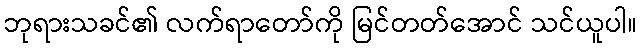
ဘုရားသခင်၏ လက်ရာတော်ကို မြင်တတ်အောင် သင်ယူပါ။